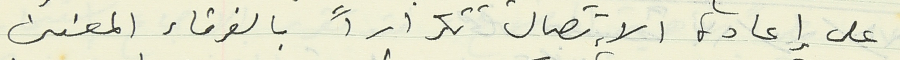
على إعادة الإتصال تكراراً بالفرقاء المعنىىن.